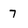
Character: 7